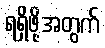
ရရှိဖို့အတွက်